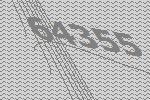
64355